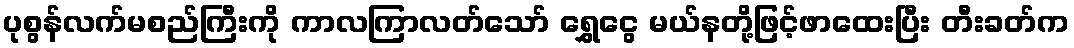
ပုစွန်လက်မစည်ကြီးကို ကာလကြာလတ်သော် ရွှေငွေ မယ်နတို့ဖြင့်ဖာထေးပြီး တီးခတ်က